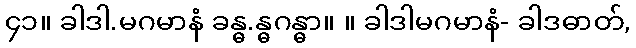
၄၁။ ခါဒါ.မဂမာနံ ခန္ဓ.န္ဓဂန္ဓာ။ ။ ခါဒါမဂမာနံ- ခါဒဓာတ်,